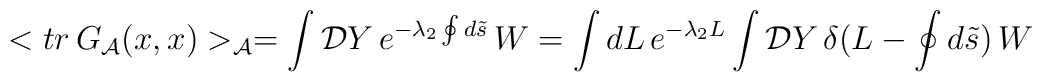
<tr\,G_{\cal A}(x,x)>_{\cal A}=\int{\mathcal{D}Y}\,e^{-{\lambda_2}\oint{d}\tilde{s}}\,W=\int dL\,e^{-\lambda_2L}\int{\mathcal{D}Y}\,\delta(L-\oint{d}\tilde{s})\,W